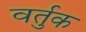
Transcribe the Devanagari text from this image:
वर्तुक